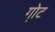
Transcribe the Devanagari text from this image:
गो़ट